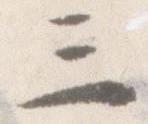
三